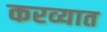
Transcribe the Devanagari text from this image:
करव्यात